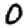
Digit: 0